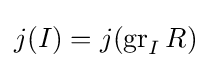
j(I)=j(\operatorname {gr} _{I}R)